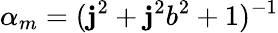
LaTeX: \alpha_{m}=(\mathbf{j}^{2}+\mathbf{j}^{2}b^{2}+1)^{-1}